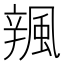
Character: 𨐦